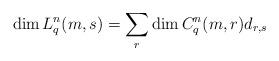
LaTeX: \begin{align*}\dim L_q^n(m, s) = \sum_r \dim C_q^n(m, r) d_{r, s}\end{align*}